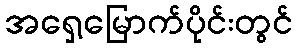
အရှေ့မြောက်ပိုင်းတွင်